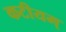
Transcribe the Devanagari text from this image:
कटीयम्